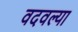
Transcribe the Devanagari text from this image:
वदवल्या